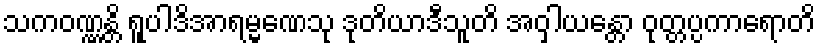
သကဝဏ္ဏန္တိ ရူပါဒိအာရမ္မဏေသု ဒုတိယာဒီသူတိ အဝှါယန္တော ဝုတ္တပ္ပကာရောတိ